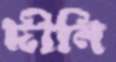
দীনি